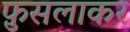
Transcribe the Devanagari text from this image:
फ़ुसलाकर